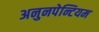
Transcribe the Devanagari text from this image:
अनुनपेन्टियम